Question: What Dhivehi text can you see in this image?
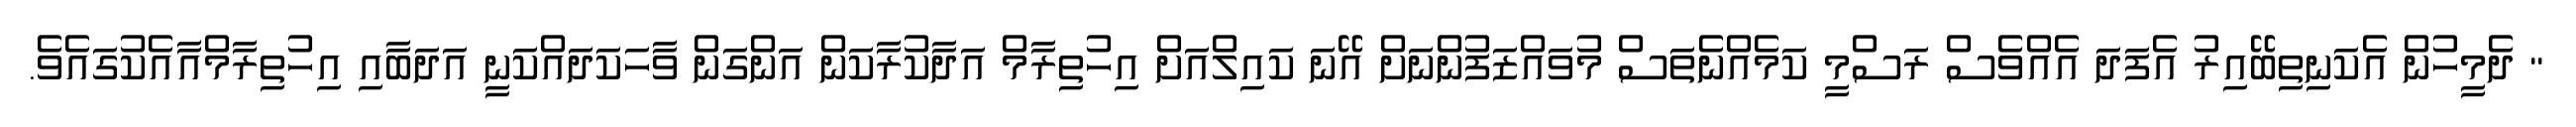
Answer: " ދެމީހުން އެކަނިތިބޭއިރު އެފަދަ އެއްވެސް ރަސްމީ ކަމެއްނެތަސް މުވައްޒަފުންނަށް އޭނަ ކައިލްއަށް އިހުތިރާމް އަދާކުރާކަން އަންގަން ވާހަކަދައްކަނީ އަދަބާއި އިހުތިރާމްއާއެކުގައެވެ.